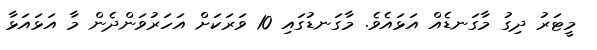
މީޓަރު ދިގު މާގަނޑެއް އަޅައެވެ. މާގަނޑުގައި 10 ވަރަކަށް އަހަރުވަންދެން މާ އަޅައަޅާ